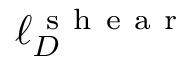
\ell _ { D } ^ { \mathrm { ~ s ~ h ~ e ~ a ~ r ~ } }